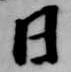
日